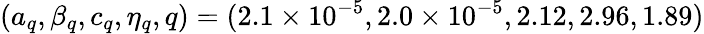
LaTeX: (a_{q},\beta_{q},c_{q},\eta_{q},q)=(2.1\times 10^{-5},2.0\times 10^{-5},2.12,2.96,1.89)